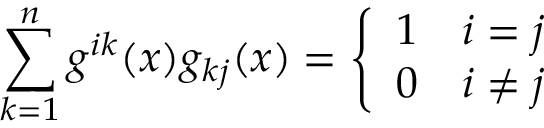
\sum _ { k = 1 } ^ { n } g ^ { i k } ( x ) g _ { k j } ( x ) = { \left\{ \begin{array} { l l } { 1 } & { i = j } \\ { 0 } & { i \neq j } \end{array} \right. }